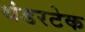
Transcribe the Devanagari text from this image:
थंडरटेक